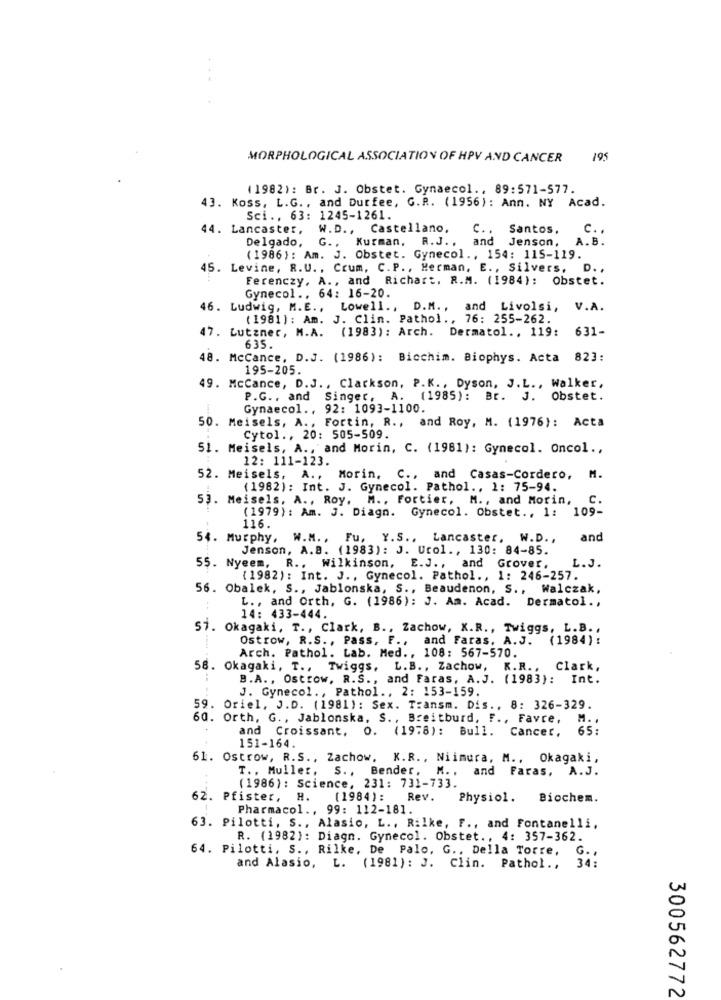
MORPHOLOGICAL ASSOCIATION OF HPV AND CANCER
195
(1982): Br. J. Obstet. Gynaecol ., 89:571-577.
43. Koss, L.G ., and Durfee, G.R. (1956): Ann. NY Acad.
Sci .. 63: 1245-1261.
44. Lancaster,
W.D ., Castellano,
C. . Santos,
c ..
. Kurman, R.J ., and Jenson,
A.B.
Delgado,
(1986): Am. J. Obstet. Gynecol ., 154: 115-119.
45. Levine, R.U ., Crum, C.P ., Herman, E ., Silvers. D .,
Ferenczy, A ., and Richart, R.M. (1984): Obstet.
Gynecol .. 64: 16-20.
46. Ludwig, M.E ., Lowell ., D.M ., and Livolsi, V.A.
( 1981 ): Am. J. Clin. Pathol ., 76: 255-262.
47. Lutzner, M.A. (1983): Arch. Dermatol ., 119:
631-
635.
48. McCance, D.J. (1986): Bicchim. Biophys. Acta 823:
195-205.
49. McCance, D.J ., Clarkson, P.K ., Dyson, J.L ., Walker,
P.G ., and Singer, A. (1985): Br. J. Obstet.
Gynaecol ., 92: 1093-1100.
50. Meisels, A ., Fortin, R ., and Roy, M. (1976): Acta
Cytol ., 20: 505-509.
51. Meisels, A ., and Morin, C. (1961): Gynecol. Oncol .,
12: 111-123.
52. Meisels, A ., Morin, C ., and Casas-Cordero, M.
(1982): Int. J. Gynecol. Pathol ., 1: 75-94.
53. Meisels, A ., Roy. M ., Fortier, M ., and Morin,
C.
(1979) : Am. J. Diagn. Gynecol. Obstet ., 1: 109-
116.
54. Murphy, W.M ., Fu, Y.S ., Lancaster, W.D .,
and
Jenson, A.B. (1983): J. Urol ., 130: 84-85.
55. Nyeem, R ., Wilkinson, E.J ., and Grover,
L.J.
(1982): Int. J ., Gynecol. Pathol ., 1: 246-257.
56. Obalek, S ., Jablonska, S ., Beaudenon, S ., Walczak,
L ., and Orth, G. (1986): J. Am. Acad. Dermatol .,
14: 433-444.
57. Okagaki, T ., Clark, B ., Zachow, X.R ., Twiggs, L.B. ,
Ostrow, R.S ., Pass, F ., and Faras, A.J. (1984) :
Arch. Pathol. Lab. Med ., 108: 567-570.
58. Okagaki, T ., Twiggs, L.B ., Zachow, K.R ., Clark,
B.A ., Ostrow, R.S ., and Faras, A.J. (1983): Int.
J. Gynecol ., Pathol ., 2: 153-159.
59. Oriel, J.D. (1981): Sex. Transm. Dis ., 8: 326-329.
60. Orth. G ., Jablonska, S ., Breitburd, F ., Favre,
M. .
and Croissant, O. (1978): Bull. Cancer,
65:
151-164.
61. Ostrow, R.S ., Zachow. K.R ., Niimura, M ., Okagaki,
T ., Muller, S ., Bender, M ., and Faras, A.J.
(1986): Science, 231: 731-733.
62. Pfister, H. (1984): Rev.
Physiol.
Biochem.
Pharmacol ., 99: 112-181.
63. Pilotti, S ., Alasio, L ., Rilke, F ., and Fontanelli,
R. (1982): Diagn. Gynecol. Obstet ., 4: 357-362.
64. Pilotti, S ., Rilke, De Palo, G ., Della Torre,
G .,
and Alasio, L. (1981): J. Clin. Pathol .,
34:
300562772